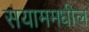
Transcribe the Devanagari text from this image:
सयाममधील